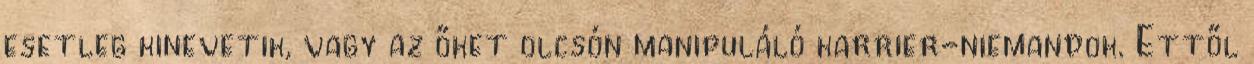
esetleg kinevetik, vagy az őket olcsón manipuláló karrier-niemandok. Ettől